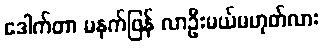
ဒေါက်တာ မနက်ဖြန် လာဦးမယ်မဟုတ်လား